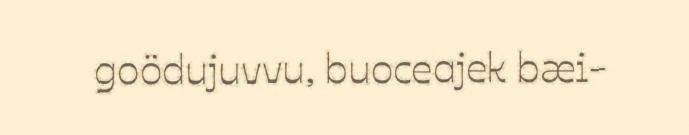
goödujuvvu, buoceajek bæi-